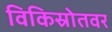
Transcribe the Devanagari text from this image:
विकिस्रोतवर